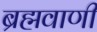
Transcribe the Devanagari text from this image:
ब्रह्मवाणी